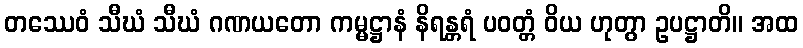
တဿေဝံ သီဃံ သီဃံ ဂဏယတော ကမ္မဋ္ဌာနံ နိရန္တရံ ပဝတ္တံ ဝိယ ဟုတွာ ဥပဋ္ဌာတိ။ အထ